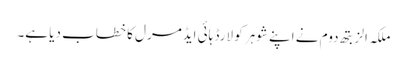
ملکہ الزبتھ دوم نے اپنے شوہر کو لارڈ ہائی ایڈمرل کا خطاب دیا ہے۔